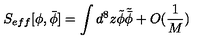
S _ { e f f } [ \phi , \bar { \phi } ] = \int d ^ { 8 } z \tilde { \phi } \tilde { \bar { \phi } } + O ( \frac { 1 } { M } )